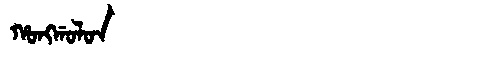
Manchu: ᡥᠣᠩᡤᠣᠯᠣᠨ
Romanization: HONGGOLON